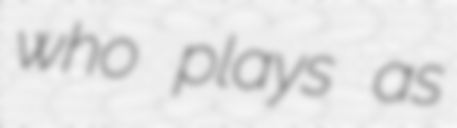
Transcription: who plays as